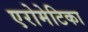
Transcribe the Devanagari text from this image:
एरोमेटिका